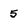
Character: 5